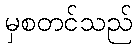
မှစတင်သည်